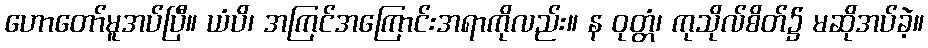
ဟောတော်မူအပ်ပြီ။ ယံပိ၊ အကြင်အကြောင်းအရာကိုလည်း။ န ဝုတ္တံ၊ ကုသိုလ်စိတ်၌ မဆိုအပ်ခဲ့။